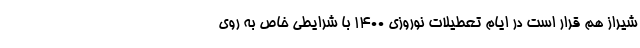
شیراز هم قرار است در ایام تعطیلات نوروزی ۱۴۰۰ با شرایطی خاص به روی